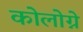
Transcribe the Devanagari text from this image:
कोलोग्ने